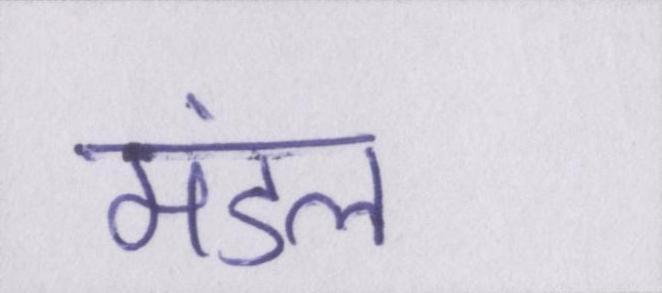
मंडल